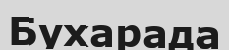
Бухарада